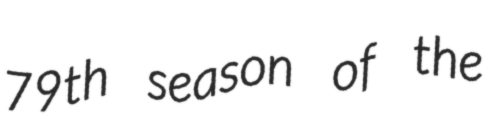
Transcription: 79th season of the